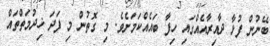
ބޭނުން ފުޅާ ދާއިރާއެއްގައި ހިފާ ބައެއްކަމަށެވެ. މި ގޮތުން މި ފަދަ ޚިދުމަތްތައް